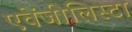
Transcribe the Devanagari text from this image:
एवेंजीलिस्टा